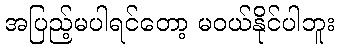
အပြည့်မပါရင်တော့ မဝယ်နိုင်ပါဘူး